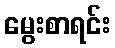
မွေးစာရင်း